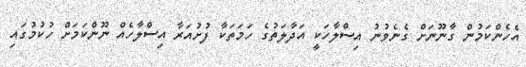
އެހެންކަމުން ގާނޫނަށް ގެނެވުނު އިސްލާހަކީ އަދާލަތުގެ ހަމަތަކާ ފުށުއަރާ އިސްލާހެއް ނޫންކަމަށް ހުކުމުގައި